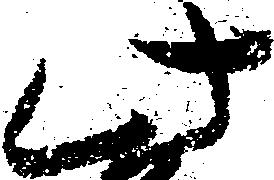
此